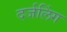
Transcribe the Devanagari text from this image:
दर्जलिंग